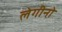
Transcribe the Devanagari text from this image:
लेगीनो